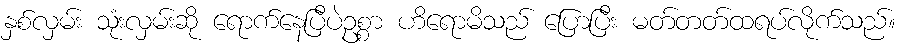
နှစ်လှမ်း သုံးလှမ်းဆို ရောက်နေပြီပဲဥစ္စာ ဟိရောမိသည် ပြောပြီး မတ်တတ်ထရပ်လိုက်သည်။